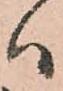
ハ